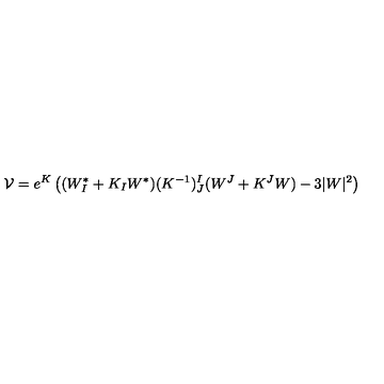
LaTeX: \mathcal { V } = e ^ { K } \left( ( W _ { I } ^ { * } + K _ { I } W ^ { * } ) ( K ^ { - 1 } ) _ { J } ^ { I } ( W ^ { J } + K ^ { J } W ) - 3 | W | ^ { 2 } \right)